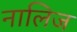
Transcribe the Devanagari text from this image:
नालिज